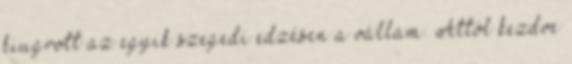
kiugrott az egyik szegedi edzésen a vállam. Attól kezdve